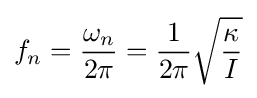
f_{n}={\frac {\omega _{n}}{2\pi }}={\frac {1}{2\pi }}{\sqrt {\frac {\kappa }{I}}}